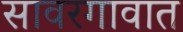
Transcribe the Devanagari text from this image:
सावरगावात